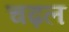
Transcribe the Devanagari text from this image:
चढ़ल